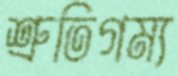
শ্রুতিগম্য